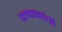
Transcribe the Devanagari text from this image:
प्लवकांची